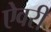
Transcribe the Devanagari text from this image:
ऐवरी